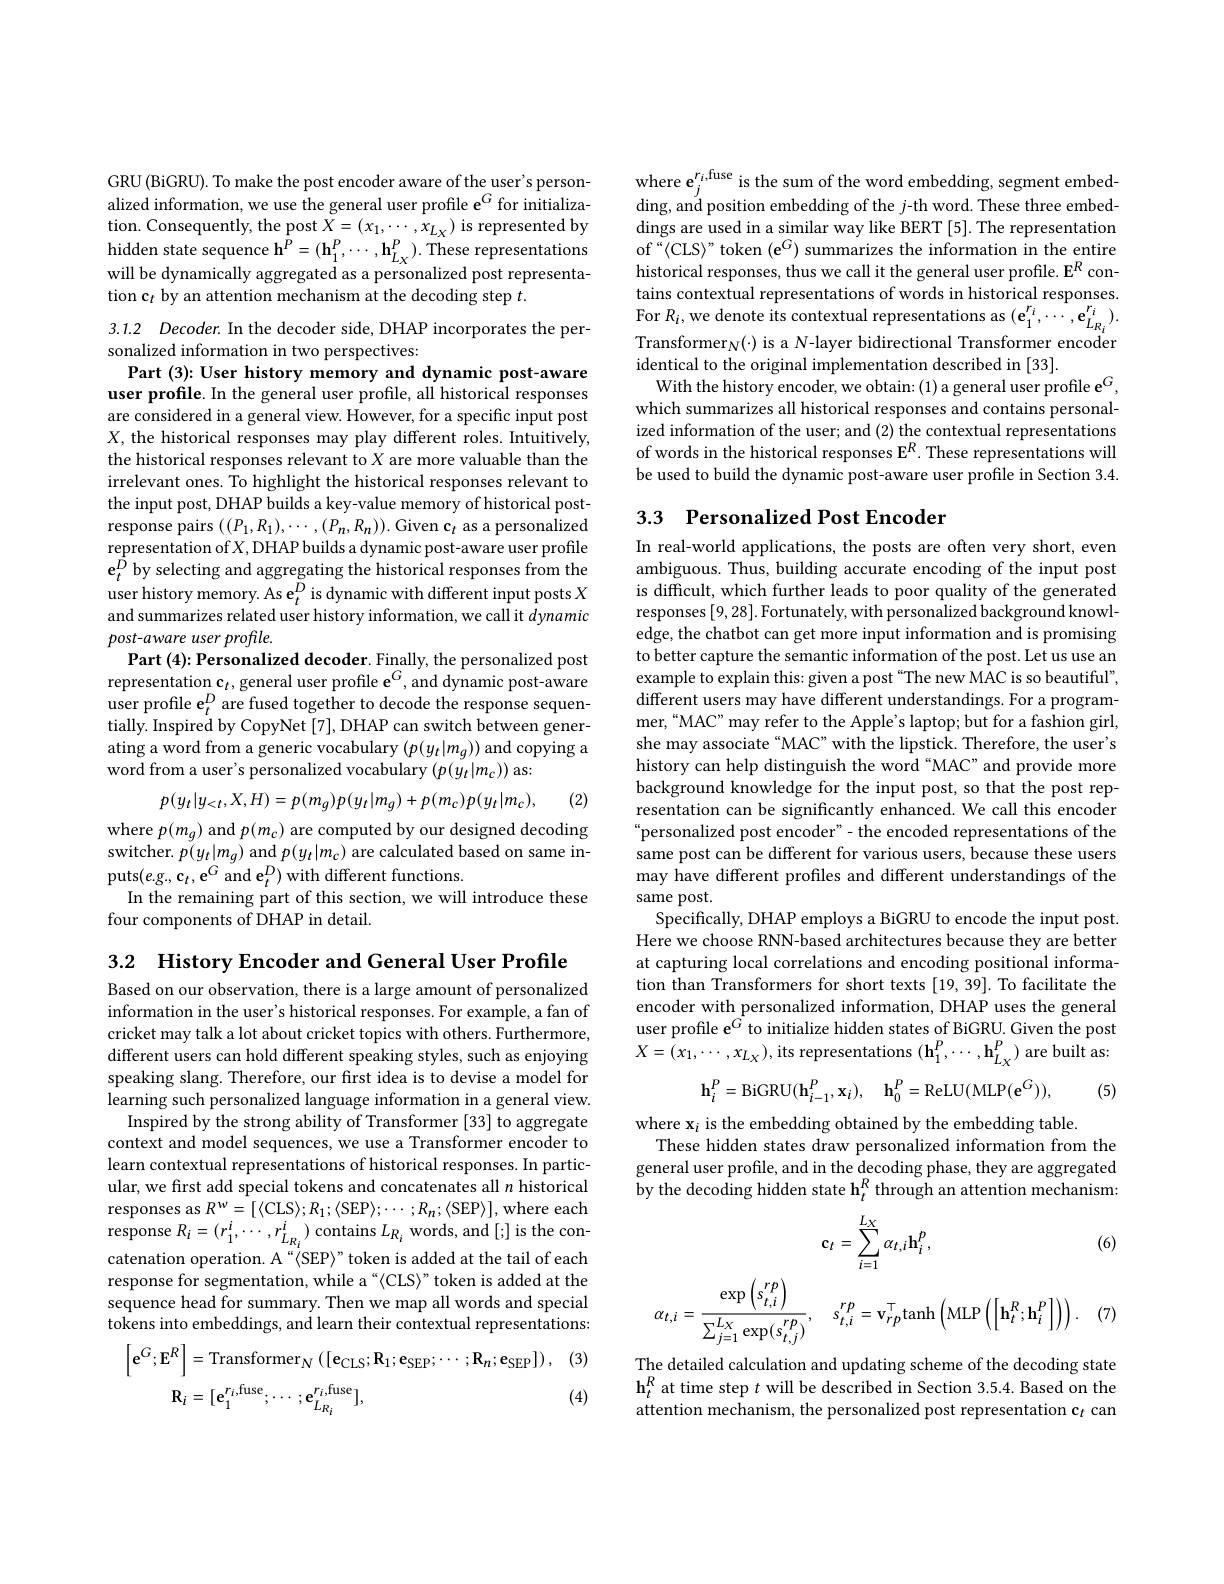
GRU (BiGRU). To make the post encoder aware of the user's personalized information, we use the general user profile $\mathbf{e}^G$ for initialization. Consequently, the post $X=(x_1,\cdots,x_{LX})$ is represented by hidden state sequence $\mathbf{h}^P=(\mathbf{h}_{1}^{P},\cdots,\mathbf{h}_{LX}^{P}).$ These representations will be dynamically aggregated as a personalized post representation c$_t$ by an attention mechanism at the decoding step $t.$

3.1.2 Decoder. In the decoder side, DHAP incorporates the per-
sonalized information in two perspectives:
Part (3): User history memory and dynamic post-aware

user profile. In the general user profile, all historical responses are considered in a general view. However, for a specific input post $X$, the historical responses may play different roles. Intuitively, the historical responses relevant to $X$ are more valuable than the irrelevant ones. To highlight the historical responses relevant to the input post, DHAP builds a key-value memory of historical postresponse pairs $((P_1,R_1),\cdots,(P_n,R_n)).$ Given c$_t$ as a personalized representation of $X$,DHAP builds a dynamic post-aware user profile $\mathbf{e}_{t}^{\hat{D}}$ by selecting and aggregating the historical responses from the user history memory. As e$_t^D$ is dynamic with different input posts $X$ and summarizes related user history information, we call it dynamic post-aware user profile.
Part (4){:}Personalized decoder. Finally, the personalized post representation c$_t$,general user profile e$^G$,and dynamic post-aware user profile e$_t^D$ are fused together to decode the response sequentially. Inspired by CopyNet [7], DHAP can switch between generating a word from a generic vocabulary $(p(y_t|m_g))$ and copying a word from a user's personalized vocabulary $(p(y_{t}|m_{c}))$ as:
$$p(y_t|y_{<t},X,H)=p(m_g)p(y_t|m_g)+p(m_c)p(y_t|m_c),$$
(2)

where $p(m_{g})$ and $p(m_{c})$ are computed by our designed decoding switcher. $p(y_{t}|m_{g})$ and $p(y_{t}|m_{c})$ are calculated based on same inputs$(e.g.,\mathbf{c}_{t},\mathbf{e}^{G}$ and $\mathbf{e}_t^D)$ with different functions.
In the remaining part of this section, we will introduce these
four components of DHAP in detail.

$\begin{array}{l}\mathrm{where~e_{j}^{r_{i},\mathrm{fuse~is~the~sum~of~the~word~embedding,~segment~embed-}}\\\mathrm{ding,~and~position~embedding~of~the~}j\text{-th word.These three embed-}\\\mathrm{ding,~and~position~embedding~of~the~}j\text{-th word.These three embed-}\\\mathrm{ding,~and~position~embe~dding~of~}}\end{array}$ dings are used in a similar way like BERT [5]. The representation $of“\langle CLS\rangle” token (e^G) summarizes the information in the entire$ historical responses, thus we call it the general user profile. $\mathbf{E}^R$ contains contextual representations of words in historical responses. For $R_{i}$,we denote its contextual representations as$(\mathbf{e}_1^{r_i},\cdots,\mathbf{e}_{L_{R_i}}^{r_i}).$ Transformer$_N(\cdot)$ is a N-layer bidirectional Transformer encoder identical to the original implementation described in [33].
With the history encoder, we obtain:(1) a general user profile $\mathbf{e}^G$, which summarizes all historical responses and contains personalized information of the user; and (2) the contextual representations of words in the historical responses $\mathbf{E}^R.$ These representations will be used to build the dynamic post-aware user profile in Section 3.4.

## 3.3 Personalized Post Encoder

In real-world applications, the posts are often very short, even ambiguous. Thus, building accurate encoding of the input post is difficult, which further leads to poor quality of the generated responses [9,28]. Fortunately, with personalized background knowledge, the chatbot can get more input information and is promising to better capture the semantic information of the post. Let us use an example to explain this: given a post “The new MAC is so beautiful”, $\dot{\text{different users may have different understandings. For a program-}}$ mer,“MAC” may refer to the Apple's laptop; but for a fashion girl, she may associate "MAC" with the lipstick. Therefore, the user's history can help distinguish the word "MAC" and provide more background knowledge for the input post, so that the post representation can be significantly enhanced. We call this encoder “personalized post encoder”- the encoded representations of the same post can be different for various users, because these users may have different profiles and different understandings of the same post.
Specifically, DHAP employs a BiGRU to encode the input post. Here we choose RNN-based architectures because they are better at capturing local correlations and encoding positional information than Transformers for short texts [19,39]. To facilitate the encoder with personalized information, DHAP uses the general user profile e$^{\tilde{G}}$ to initialize hidden states of BiGRU. Given the post $X=(x_{1},\cdots,x_{L_{X}})$,its representations $(\mathbf{h}_1^{P},\cdots,\mathbf{h}_{L_{X}}^{P})$ are built as:
$$\mathbf{h}_{i}^{P}=\mathrm{BiGRU}(\mathbf{h}_{i-1}^{P},\mathbf{x}_{i}),\quad\mathbf{h}_{0}^{P}=\mathrm{ReLU}(\mathrm{MLP}(\mathbf{e}^{G})),$$
(5)

where x$_i$ is the embedding obtained by the embedding table.
These hidden states draw personalized information from the general user profile, and in the decoding phase, they are aggregated by the decoding hidden state h$_t^R$ through an attention mechanism:
$$\mathbf{c}_t=\sum_{i=1}^{L_X}\alpha_{t,i}\mathbf{h}_i^p,$$
$$\sum_{i=1}\\\alpha_{t,i}=\frac{\exp\left(s_{t,i}^{rp}\right)}{\sum_{j=1}^{L_{X}}\exp(s_{t,j}^{rp})},\quad s_{t,i}^{rp}=\mathbf{v}_{rp}^{\top}\mathrm{tanh}\left(\mathrm{MLP}\left(\left[\mathbf{h}_{t}^{R};\mathbf{h}_{i}^{P}\right]\right)\right).$$
(6)

The detailed calculation and updating scheme of the decoding state

(7)

$\mathbf{h}_{t}^{R}$ at time step $t$ will be described in Section 3.5.4. Based on the attention mechanism, the personalized post representation c$_t$ can

3.2 History Encoder and General User Profile
Based on our observation, there is a large amount of personalized information in the user's historical responses. For example, a fan of cricket may talk a lot about cricket topics with others. Furthermore, different users can hold different speaking styles, such as enjoying speaking slang. Therefore, our first idea is to devise a model for learning such personalized language information in a general view.
Inspired by the strong ability of Transformer [33] to aggregate context and model sequences, we use a Transformer encoder to learn contextual representations of historical responses. In particular, we first add special tokens and concatenates all $n$ historical responses as $R^{w}= [ \langle$CLS$\rangle ; R_{1}; \langle$SEP$\rangle ; \cdots ; R_{n}; \langle$SEP$\rangle ] $, where each response $R_{i}=(r_{1}^{i},\cdots,r_{{L_{R_{i}}}}^{i})$ contains $L_{R_{i}}$ words, and [;] is the concatenation operation. A“\SEP〉”token is added at the tail of each response for segmentation, while a“(CLS)”token is added at the sequence head for summary. Then we map all words and special tokens into embeddings, and learn their contextual representations:
(3)
$$\begin{aligned}\left[\mathbf{e}^{G};\mathbf{E}^{R}\right]&=\mathrm{Transformer}_{N}\left([\mathbf{e}_{\mathrm{CLS}};\mathbf{R}_{1};\mathbf{e}_{\mathrm{SEP}};\cdots;\mathbf{R}_{n};\mathbf{e}_{\mathrm{SEP}}]\right),\\\mathbf{R}_{i}&=[\mathbf{e}_{1}^{r_{i},\mathrm{fuse}};\cdots;\mathbf{e}_{L_{R_{i}}}^{r_{i},\mathrm{fuse}}],\end{aligned}$$
(4)